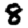
Digit: 8